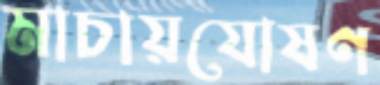
মাচায়যোষণ